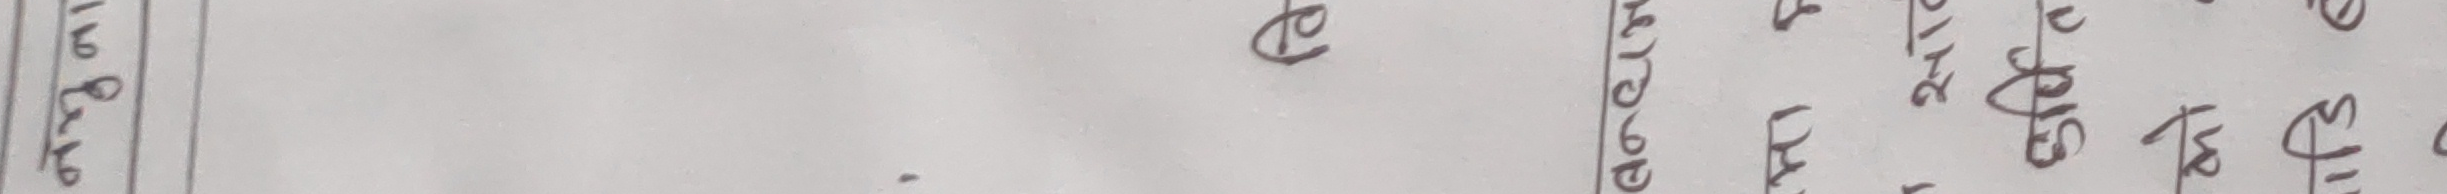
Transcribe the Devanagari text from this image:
२०० रुपय